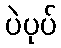
ပဲပုပ်